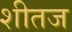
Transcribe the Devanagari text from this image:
शीतज